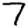
Digit: 7